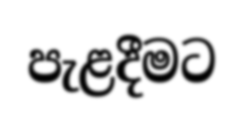
පැළදීමට